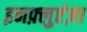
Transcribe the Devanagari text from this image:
इनफ़्लुएंज़ा